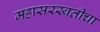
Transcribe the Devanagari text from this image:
महासरस्वतीचा